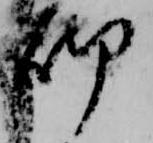
砌